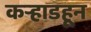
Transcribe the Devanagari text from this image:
कर्‍हाडहून